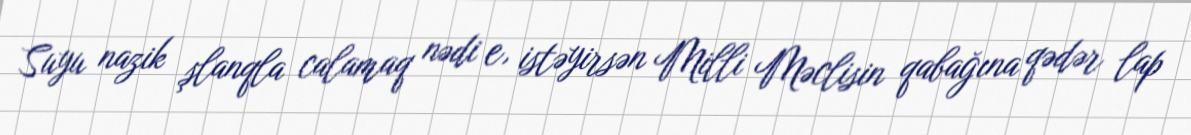
Suyu nazik şlanqla calamaq nədi e, istəyirsən Milli Məclisin qabağına qədər lap